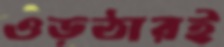
ওড়ঠারই